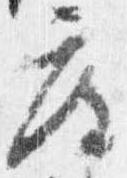
度